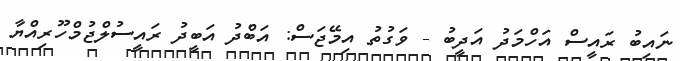
ނައިބު ރައީސް އަހްމަދު އަދީބު - ވަގުތު އިމޭޖަސް: އަބްދު އަބީދު ރައީސުލްޖުމްހޫރިއްޔާ